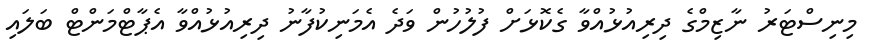
މިނިސްޓަރު ނާޒިމްގެ ދިރިއުޅުއްވާ ގެކޮޅަށް ފުލުހުން ވަދެ އެމަނިކުފާނު ދިރިއުޅުއްވާ އެޕާޓްމަންޓް ބަލައި